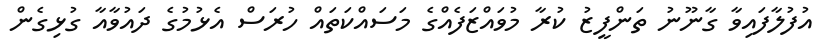
އުފުލާފައިވާ ގާނޫނު ތަންފީޒު ކުރާ މުވައްޒަފެއްގެ މަސައްކަތައް ހުރަސް އެޅުމުގެ ދައުވާއާ ގުޅިގެން